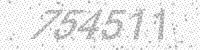
Solution: 754511